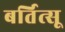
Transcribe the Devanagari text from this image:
बर्तित्सू